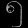
Digit: ၅